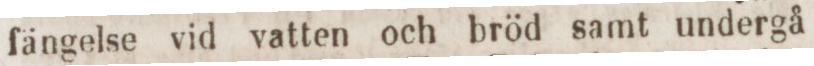
fängelse vid vatten och bröd samt undergå